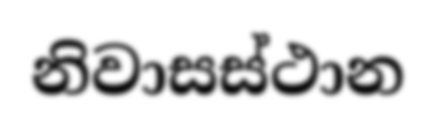
නිවාසස්ථාන